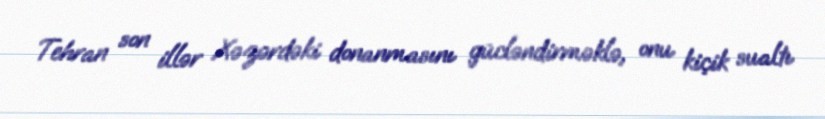
Tehran son illər Xəzərdəki donanmasını gücləndirməklə, onu kiçik sualtı